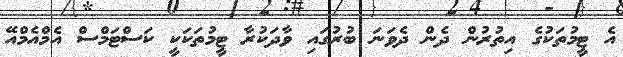
އެ ޓީމުތަކުގެ އިތުރުން ދެން ދެވަނަ ބުރުގައި ވާދަކުރާ ޓީމުތަކަކީ ކަސްޓަމްސް އެމްއެމްއޭ